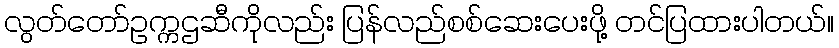
လွတ်တော်ဥက္ကဌဆီကိုလည်း ပြန်လည်စစ်ဆေးပေးဖို့ တင်ပြထားပါတယ်။